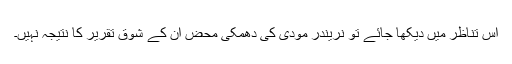
اس تناظر میں دیکھا جائے تو نریندر مودی کی دھمکی محض اُن کے شوقِ تقریر کا نتیجہ نہیں۔